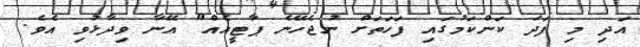
އަދި މި ފަދަ ކަންކަމުގައި ފަހަތަށް ނުޖެހޭނެ ޕާޓީއެއް" އޭނާ ވިދާޅުވި އެވެ.